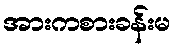
အားကစားခန်းမ